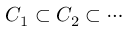
C _ { 1 } \subset C _ { 2 } \subset \cdots